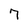
Character: 7